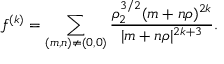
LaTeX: f ^ { ( k ) } = \sum _ { ( m , n ) \neq ( 0 , 0 ) } { \frac { \rho _ { 2 } ^ { 3 / 2 } ( m + n \rho ) ^ { 2 k } } { | m + n \rho | ^ { 2 k + 3 } } } .